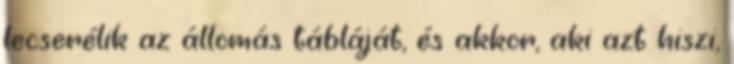
lecserélik az állomás tábláját, és akkor, aki azt hiszi,